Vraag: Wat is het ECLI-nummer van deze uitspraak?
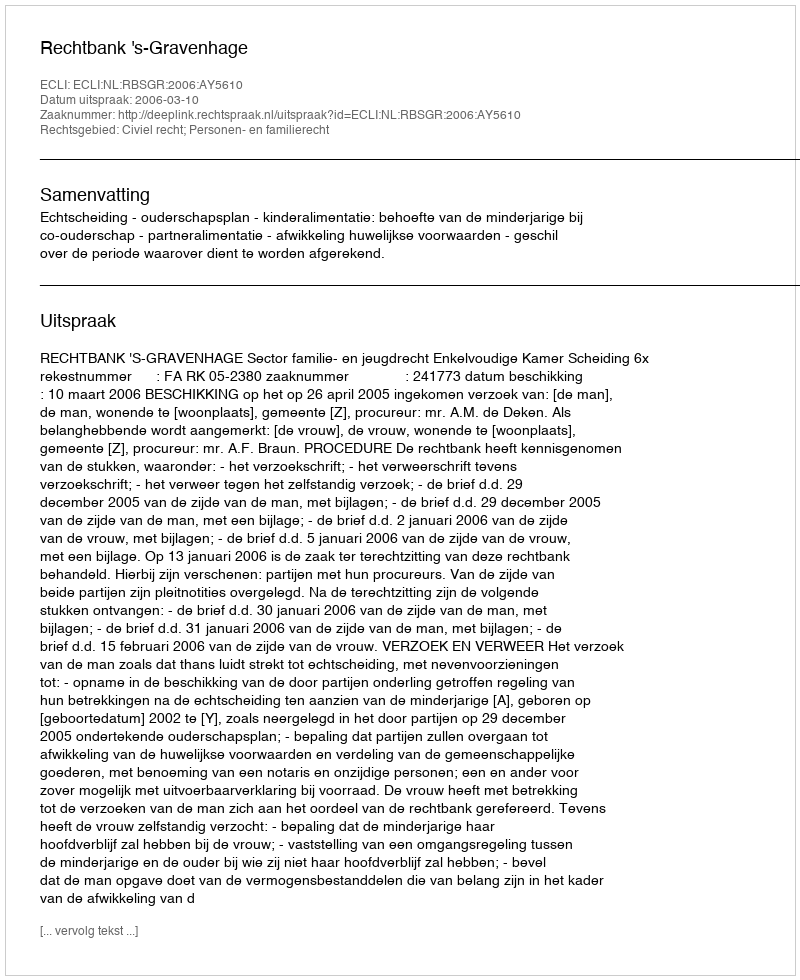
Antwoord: ECLI:NL:RBSGR:2006:AY5610